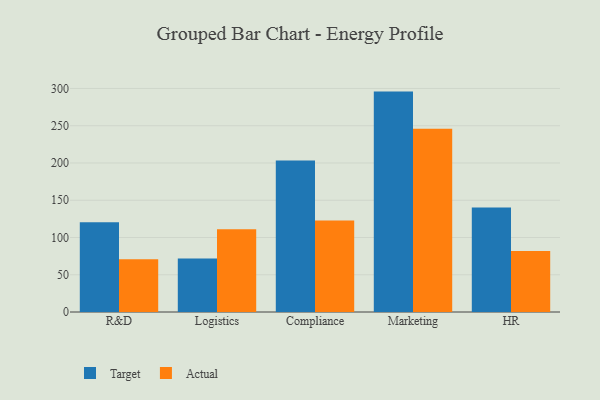
{"axis": {"x": "Department", "y": "Churn Rate (%)"}, "legend": ["Actual", "Target"], "data": [{"x": "R&D", "y": 120.6, "type": "Target"}, {"x": "R&D", "y": 70.8, "type": "Actual"}, {"x": "Logistics", "y": 71.9, "type": "Target"}, {"x": "Logistics", "y": 111.0, "type": "Actual"}, {"x": "Compliance", "y": 203.4, "type": "Target"}, {"x": "Compliance", "y": 122.9, "type": "Actual"}, {"x": "Marketing", "y": 295.8, "type": "Target"}, {"x": "Marketing", "y": 246.1, "type": "Actual"}, {"x": "HR", "y": 140.4, "type": "Target"}, {"x": "HR", "y": 82.0, "type": "Actual"}]}